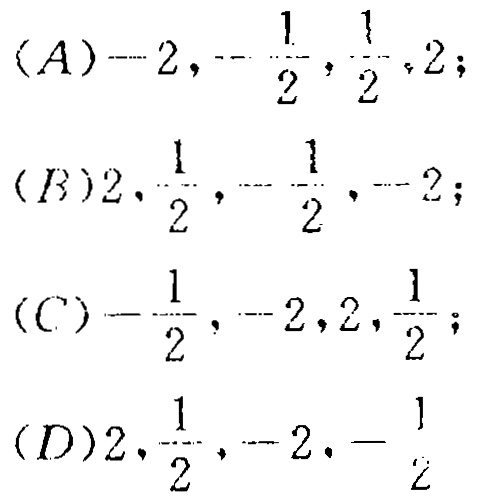
(A)$-2,-\frac{1}{2},\frac{1}{2},2$;
(B)$2,\frac{1}{2},-\frac{1}{2},-2$;
(C)$-\frac{1}{2},-2,2,\frac{1}{2}$;
(D)$2,\frac{1}{2},-2,-\frac{1}{2}$